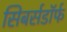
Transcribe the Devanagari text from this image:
सिबर्सडॉर्फ